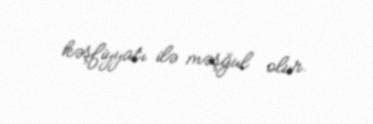
kəşfiyyatı ilə məşğul olur.